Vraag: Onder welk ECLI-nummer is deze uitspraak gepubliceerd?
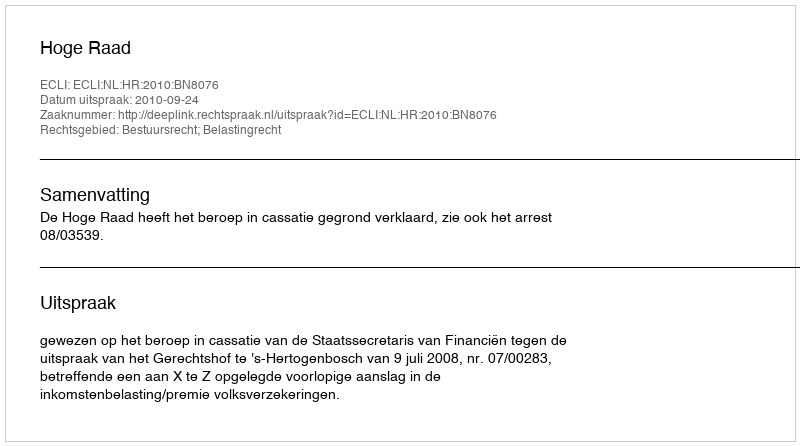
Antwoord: ECLI:NL:HR:2010:BN8076